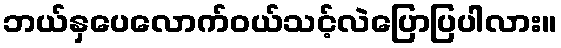
ဘယ်နှပေလောက်ဝယ်သင့်လဲပြောပြပါလား။